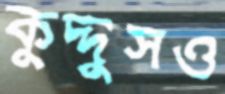
কুদ্দুসও